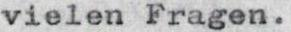
vielen Fragen.